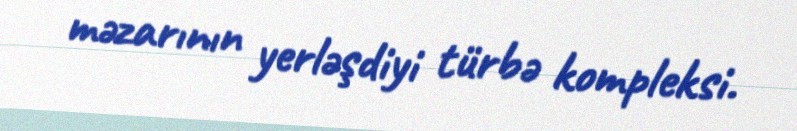
məzarının yerləşdiyi türbə kompleksi.